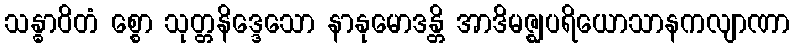
သန္ဓာဝိတံ စ္စော သုတ္တနိဒ္ဒေသော နာနုမောဒန္တိ အာဒိမဇ္ဈပရိယောသာနကလျာဏာ